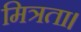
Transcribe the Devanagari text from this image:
मित्रता।